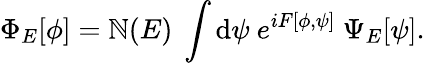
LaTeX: \Phi_{E}[\phi]=\mathbb{N}(E)~\int\mathrm{d}\psi~e^{iF[\phi,\psi]}~\Psi_{E}[\psi].